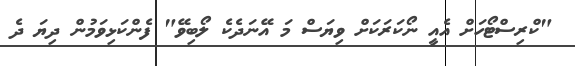
"ކްރިސްޓޯހަށް އެއީ ނޯކަރަކަށް ވިޔަސް މަ އޭނަދެކެ ލޯބިވޭ" ފެންކަޅިވަމުން ދިޔަ ދެ